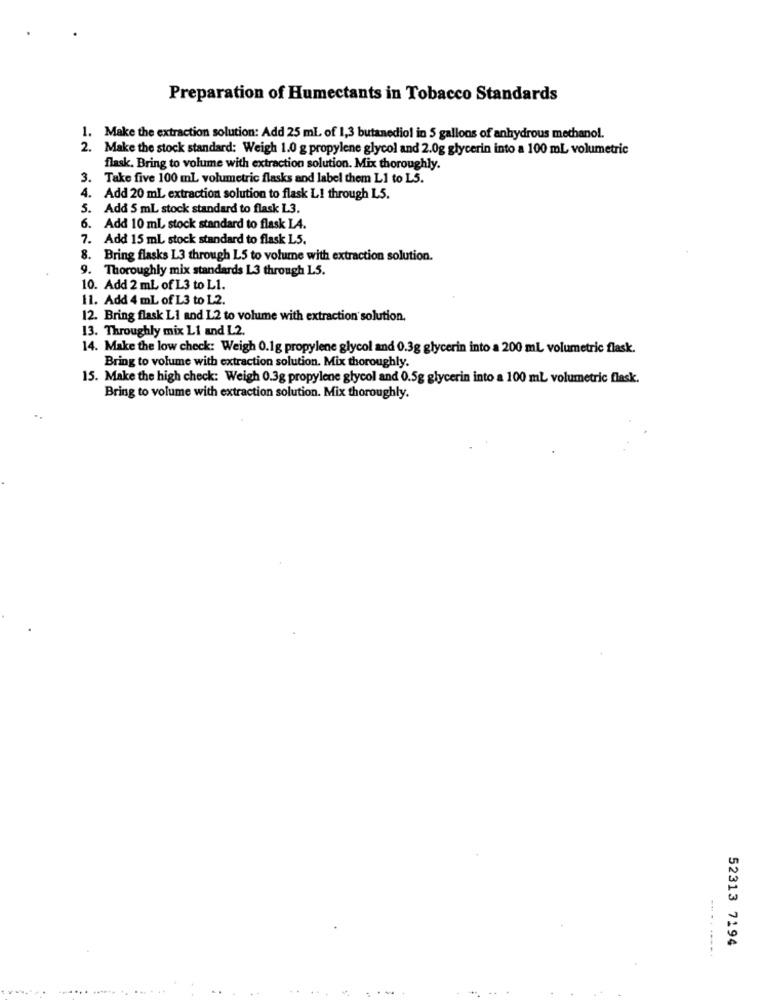
Preparation of Humectants in Tobacco Standards
1. Make the extraction solution: Add 25 ml of 1,3 butanediol in 5 gallons of anhydrous methanol.
2. Make the stock standard: Weigh 1.0 g propylene glycol and 2.0g glycerin into a 100 mL volumetric
flask. Bring to volume with extraction solution. Mix thoroughly.
3. Take five 100 ml volumetric flasks and label them L1 to L5.
4. Add 20 mL extraction solution to flask L1 through L5.
5. Add 5 mL stock standard to flask L3.
6. Add 10 ml, stock standard to flask LA.
7. Add 15 mL stock standard to flask L5.
8. Bring flasks L3 through LS to volume with extraction solution.
9. Thoroughly mix standards L3 through LS.
10. Add 2 mL of L3 to L1.
11. Add 4 mL of L3 to L2.
12. Bring flask Li and L2 to volume with extraction solution.
13. Throughly mix Li and L2.
14. Make the low check: Weigh 0.1g propylene glycol and 0.3g glycerin into a 200 ml volumetric flask.
Bring to volume with extraction solution. Mix thoroughly.
15. Make the high check: Weigh 0.3g propylene glycol and 0.5g glycerin into a 100 ml volumetric flask.
Bring to volume with extraction solution. Mix thoroughly.
..
52313 7194
..